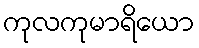
ကုလကုမာရိယော